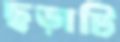
ছড়াটি